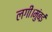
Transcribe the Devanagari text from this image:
लगीं।मुंबई